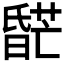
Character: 𬁌